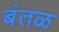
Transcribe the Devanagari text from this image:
बंतळ